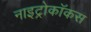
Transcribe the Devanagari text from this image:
नाइट्रोकॉकस